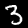
Label: 3